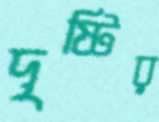
দৃষ্টির